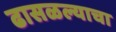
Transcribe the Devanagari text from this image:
ढासळल्याचा